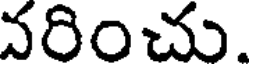
వరించు.